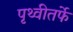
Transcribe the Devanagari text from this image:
पृथ्वीतर्फे